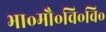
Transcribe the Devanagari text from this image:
भा॰मौ॰वि॰वि॰